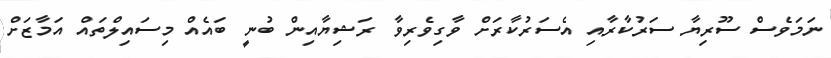
ނަމަވެސް ސޫރިޔާ ސަރުކާރާއި އެސަރުކާރަށް ވާގިވެރިވާ ރަޝިޔާއިން ބުނީ ބައެއް މިސައިލްތައް އަމާޒަށް